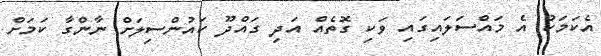
އެކަމަކު އެ މައްސަލައިގައި ވަކި ގޮތެއް އަދި ގައްދޫ ކައުންސިލަށް ނާންގާ ކަމަށް